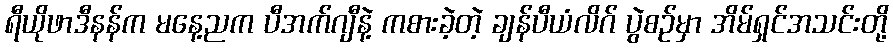
ရီယိုဖာဒီနန်က မနေ့ညက ပီအက်ဂျီနဲ့ ကစားခဲ့တဲ့ ချန်ပီယံလိဂ် ပွဲစဉ်မှာ အိမ်ရှင်အသင်းတို့